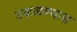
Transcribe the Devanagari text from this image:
उकळण्यास